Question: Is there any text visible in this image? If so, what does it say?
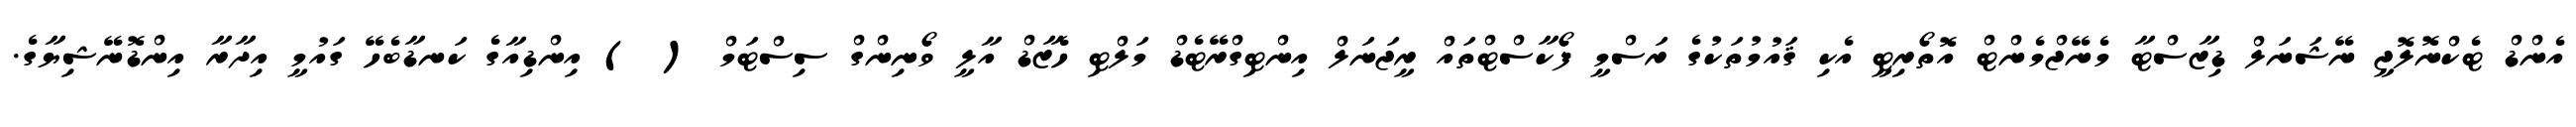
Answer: އެންޑް ޓެކްނޮލޮޖީ ނޭޝަނަލް ޑިޒާސްޓާ މެނޭޖްމެންޓް އޮތޯރިޓީ އެކި ޤައުމުތަކުގެ ރަސްމީ ފޯކާސްޓްތައް ރީޖަނަލް އިންޓިގްރޭޓެޑް މަލްޓި ހެޒާޑް އާލީ ވޯނިންގް ސިސްޓަމް ( ) އިންޑިއާގެ ކަނޑާބެހޭ ގައުމީ އިދާރާ އިންޑޮނޭޝިޔާގެ.